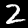
Label: 2